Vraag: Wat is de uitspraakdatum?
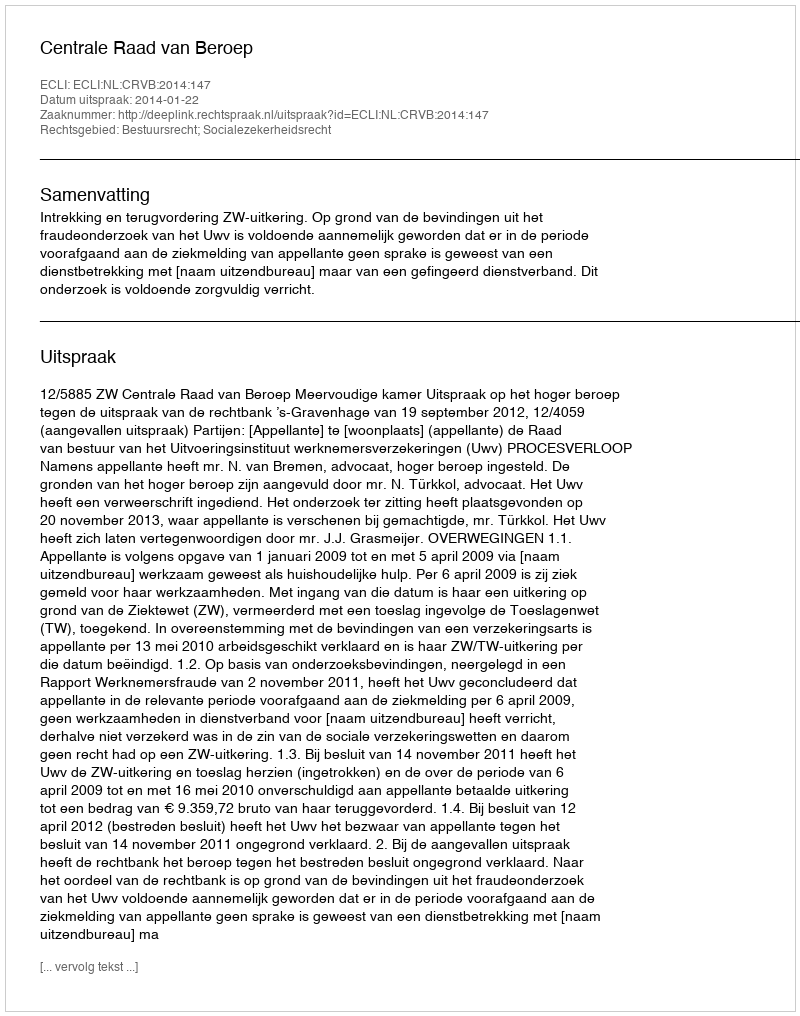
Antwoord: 2014-01-22